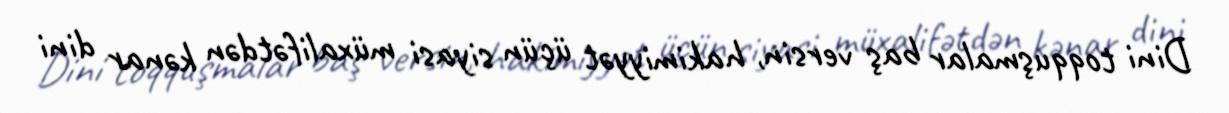
Dini toqquşmalar baş versin, hakimiyyət üçün siyasi müxalifətdən kənar dini